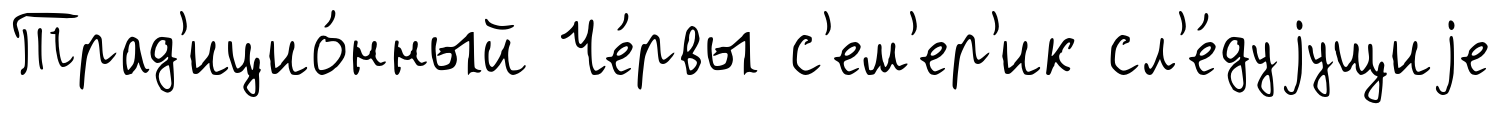
Трад'ицио́нный Че́рвы с'ем'ер'ик сл'е́дуjущиjе